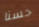
حسنا